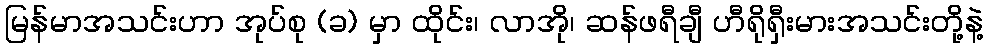
မြန်မာအသင်းဟာ အုပ်စု (ခ) မှာ ထိုင်း၊ လာအို၊ ဆန်ဖရီချီ ဟီရိုရှီးမားအသင်းတို့နဲ့